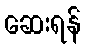
ဆေးရန်